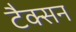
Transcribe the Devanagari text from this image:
टैक्सन